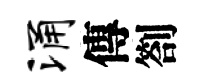
涌傳劄